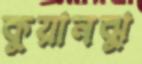
কুয়ানঝু